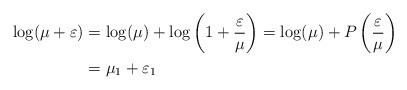
LaTeX: \begin{align*} \log(\mu+\varepsilon) & = \log(\mu) + \log\left(1+\frac{\varepsilon}{\mu}\right) = \log(\mu)+P\left(\frac{\varepsilon}{\mu}\right)\\ & = \mu_{1} + \varepsilon_{1} \end{align*}